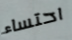
احتساء